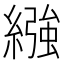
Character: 繈